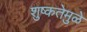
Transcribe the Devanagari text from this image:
शुष्कतेमुळे